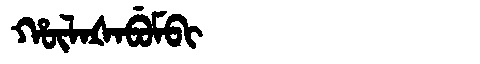
Manchu: ᡥᡡᠯᠠᡧᠠᠪᡠᠮᠪᡳ
Romanization: HŪLAŠABUMBI